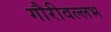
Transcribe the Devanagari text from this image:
गौरीवल्लभ